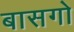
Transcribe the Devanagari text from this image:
बासगो